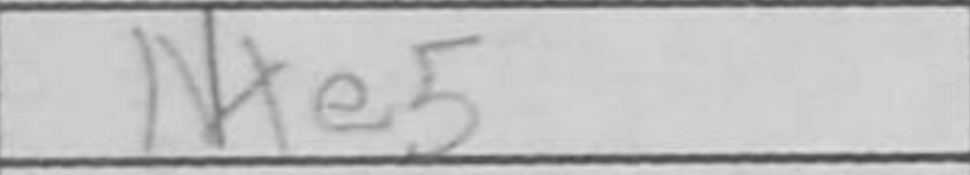
Transcription: Nxe5